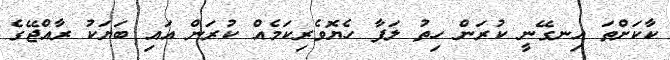
ކާކަށްތަ އިނގޭނީ ކުރަން ހިތު ލަފާ ހެޔޮވެރިކަމެއް ކުރަން އައި ބަޔަކު ރާއްޖޭގެ